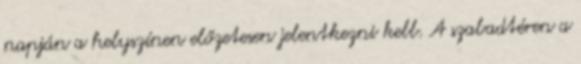
napján a helyszínen előzetesen jelentkezni kell. A szabadtéren a